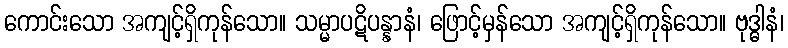
ကောင်းသော အကျင့်ရှိကုန်သော။ သမ္မာပဋိပန္နာနံ၊ ဖြောင့်မှန်သော အကျင့်ရှိကုန်သော။ ဗုဒ္ဓါနံ၊